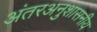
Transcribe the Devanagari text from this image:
अंतरअनुशासनीय